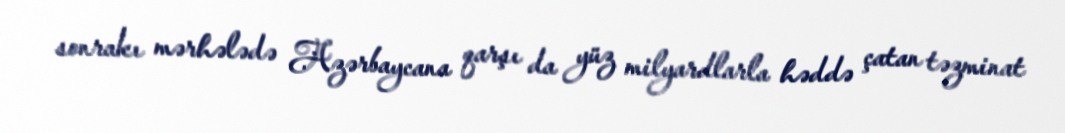
sonrakı mərhələdə Azərbaycana qarşı da yüz milyardlarla həddə çatan təzminat